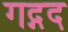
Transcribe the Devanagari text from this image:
गद्गद